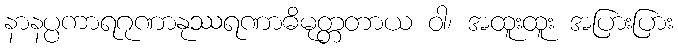
နာနပ္ပကာရဂုဏာနုဿရဏာဓိမုတ္တတာယ ဝါ၊ အထူးထူး အပြားပြား